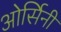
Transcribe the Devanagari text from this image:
ओर्सिनी